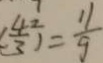
( \frac { 4 ^ { 2 } } { 3 } ) = \frac { 1 1 } { 9 }